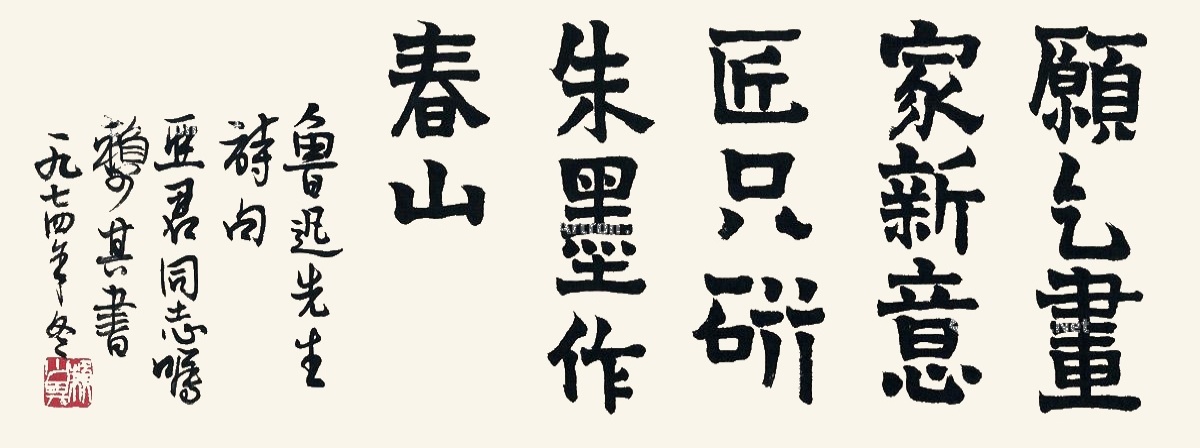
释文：愿乞画家新意匠，只研朱墨作春山。鲁迅先生诗句。亚君同志嘱，赖少其书，一九七四年冬。